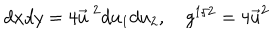
LaTeX: d x d y = 4 \vec { u } ^ { ~ 2 } d u _ { 1 } d u _ { 2 } , g ^ { 1 / 2 } = 4 \vec { u } ^ { 2 }